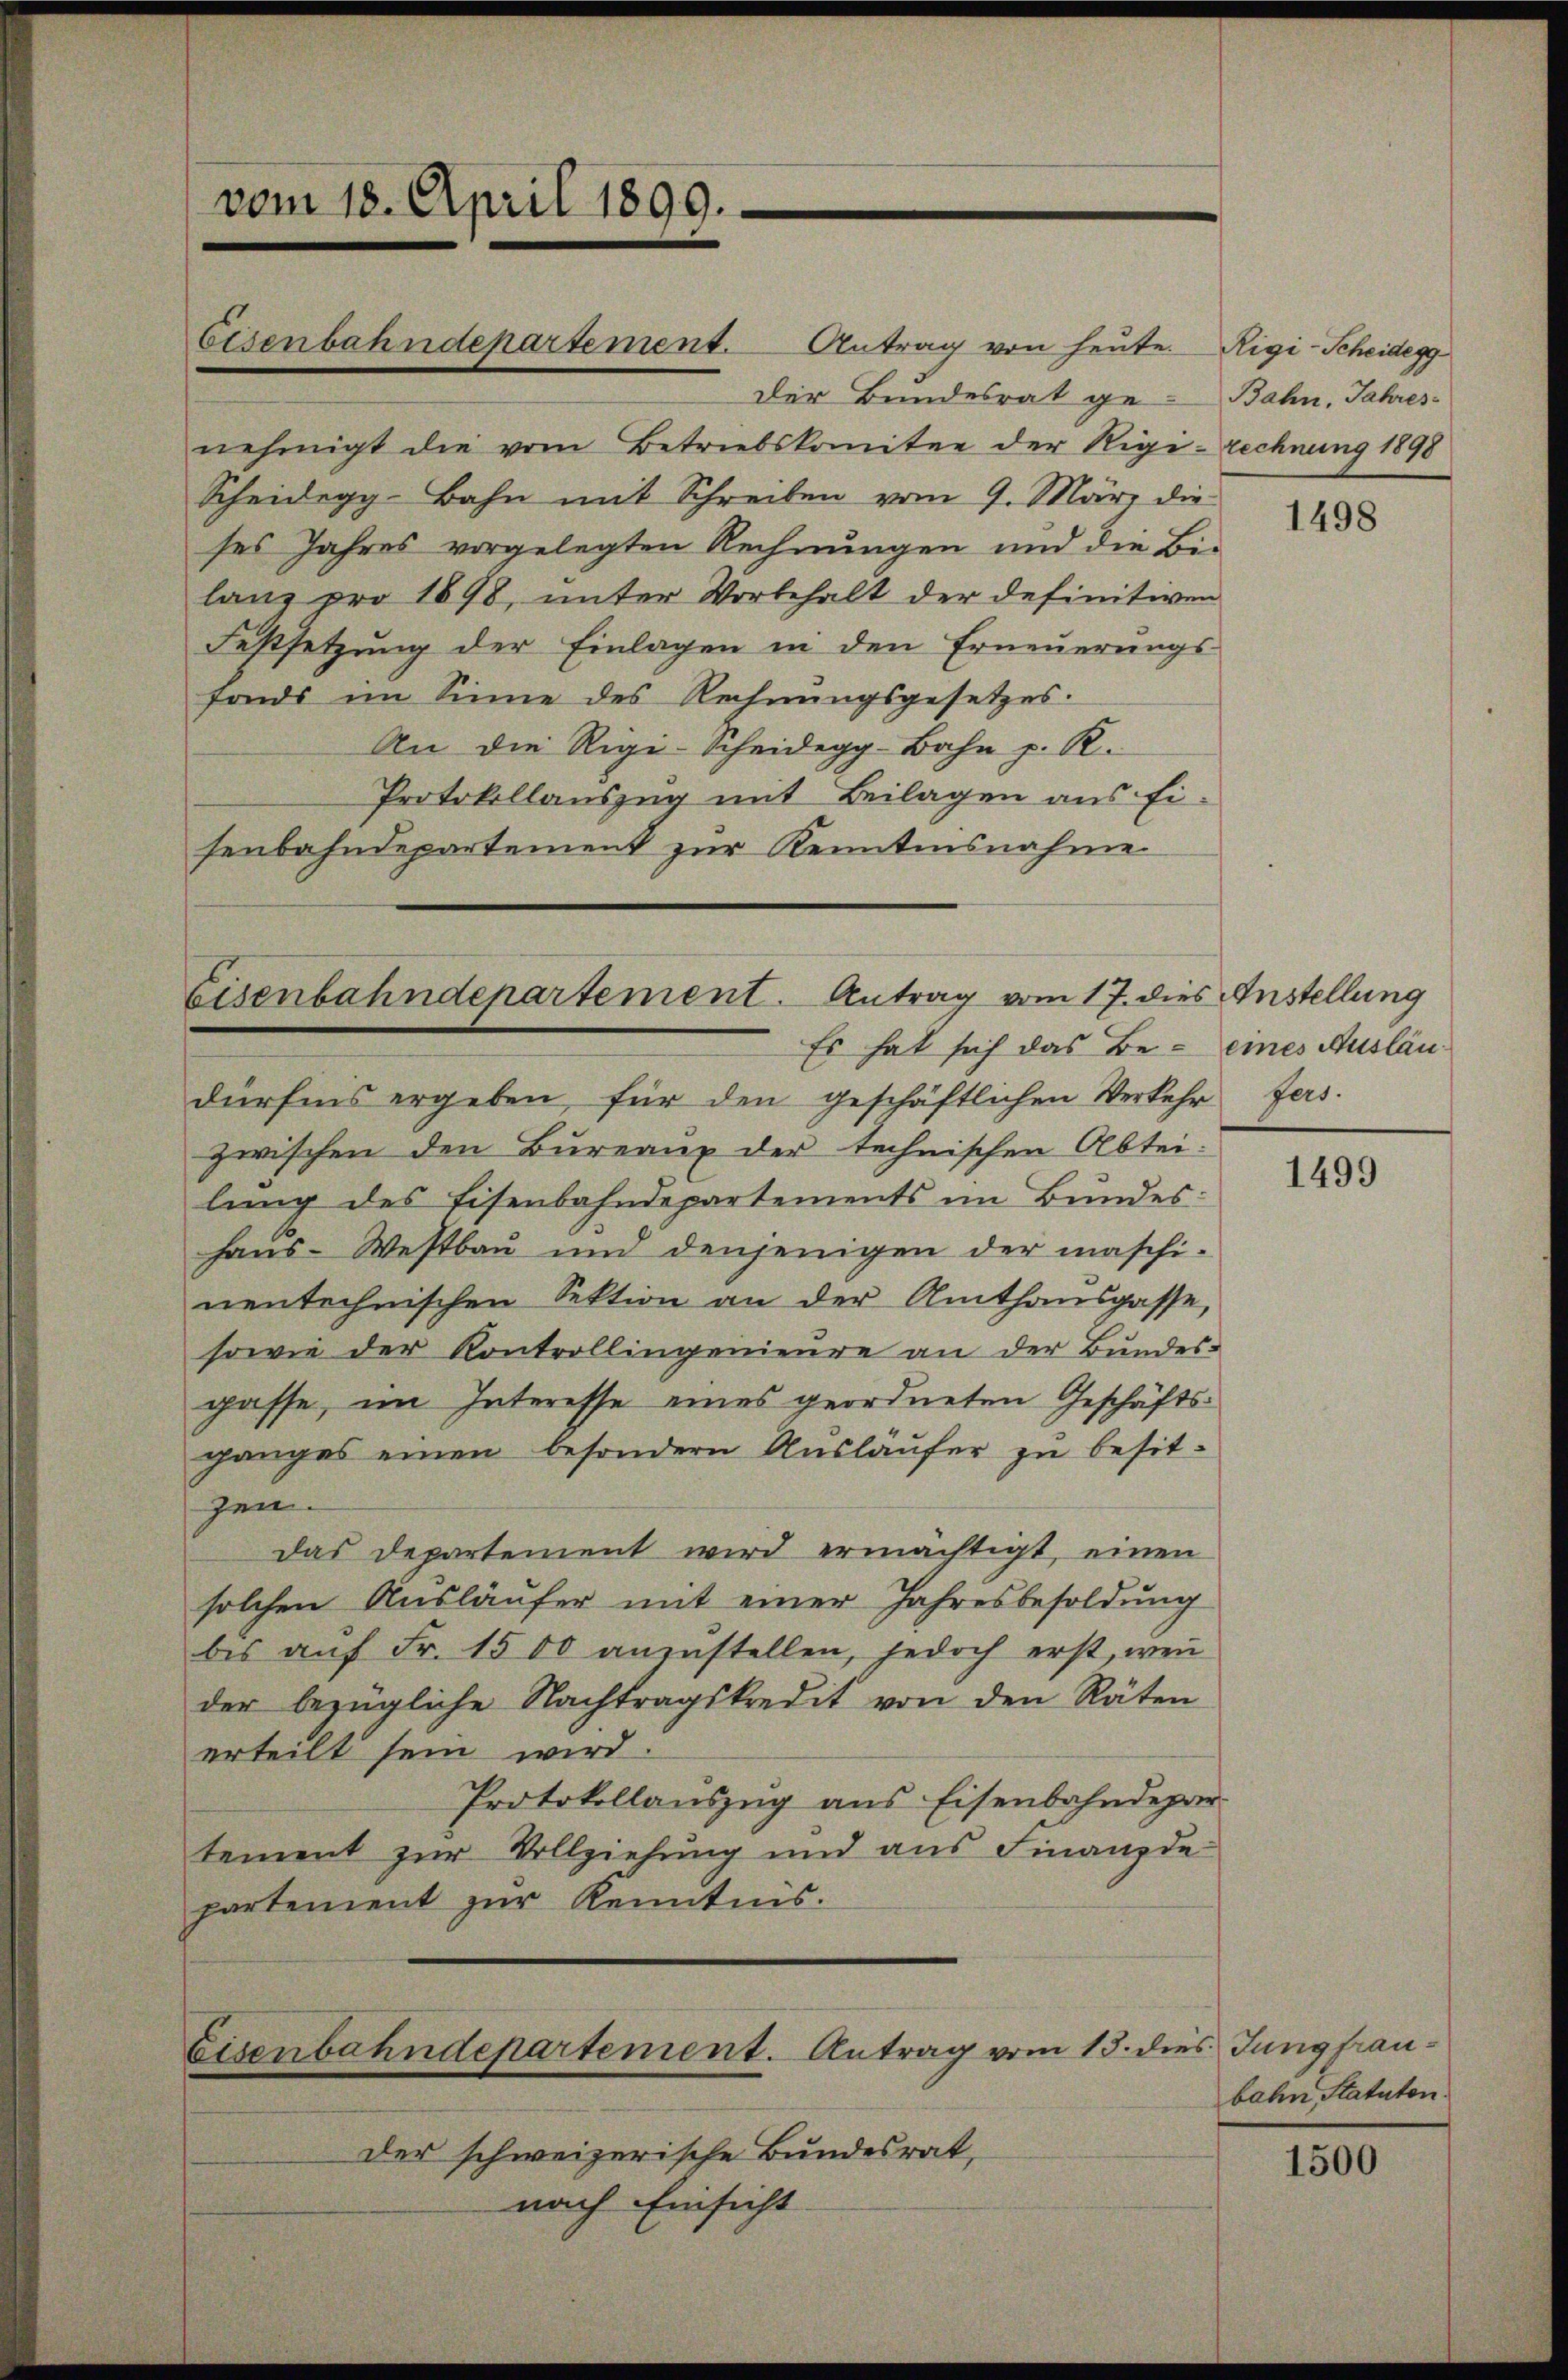
vom 18. April 1899.

Eisenbahndepartement. Antrag von heute. Rigi-Scheidegg
Der Bundesrat ge-
nehmigt die vom Betriebskomitee der Rigi-rechnung 1898
Scheidegg-Bahn mit Schreiben vom 9. März die
ses Jahres vorgelegten Rechnungen und die Bilang pro 1898, unter Vorbehalt der definitiven
Festsetzung der Einlagen in den Erneuerungs-
fonds im Sinne des Rechnŭngsgesetzes.
An die Rigi-Scheidegg-Bahn p. R.
Protokollauszug mit Beilagen aus Eisenbahndepartement zur Kenntnisnahme

Eisenbahndepartement. Antrag vom 17. dies Anstellung
Es hat sich das Be- eines Ausläu¬

dürfens ergeben für den geschäftlichen Verkehr fers.
zwischen den Bureaux der technischen Abtei-
lung des Eisenbahndepartements im Bundes:
haŭs-Westbau und denjenigen der maschi-
nentechnischen Sektion an der Amthausgasse,
sowie der Kontrollingenieure an der Bundes-
passe, im Interesse eines geordneten Geschäftsganges einen besondern Ausläufer zu besitzen.
das Departement wird ermächtigt, einen
solchen Ausläufer mit einer Jahresbesoldung
bis aŭf Fr. 1500 anzustellen, jedoch erst, wenn
der bezügliche Nachtragskredit von den Räten
erteilt sein wird.
Protokollauszug aus Eisenbahndepar
tement zur Vollziehung und aus Finanzde
partement zur Kenntnis.

Eisenbahndepartement. Antrag vom 15. dies Jungfrau¬

der schweizerische Bundesrat,
nach Einsicht

Bahn, Jahres

1498

1499

bahn, Statuten.

1500